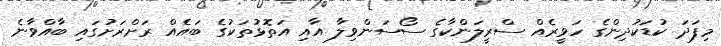
މިފަދަ ކުޑަކުދިންގެ ހަވީރެއް ސްރީލަންކާގެ ސޯސަންވިލާ އާއި އަތޮޅުތަކުގެ ބައެއް ރަށްރަށުގައި ބާއްވާނެ